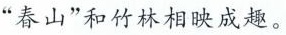
”春山”和竹林相映成趣。